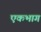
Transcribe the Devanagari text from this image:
एकभाग